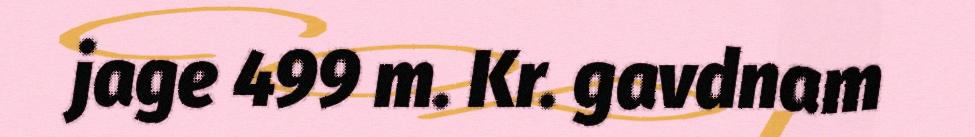
jage 499 m. Kr. gavdnam